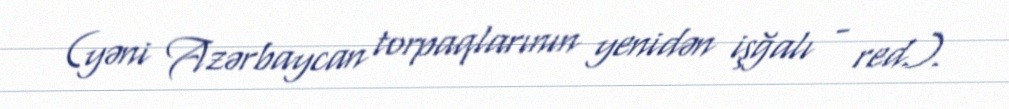
(yəni Azərbaycan torpaqlarının yenidən işğalı - red.).